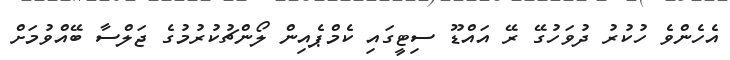
އެހެންވެ ހުކުރު ދުވަހުގޭ ރޭ އައްޑޫ ސިޓީގައި ކެމްޕެއިން ލޯންޗުކުރުމުގެ ޖަލްސާ ބޭއްވުމަށް